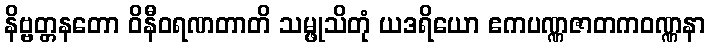
နိဗ္ဗတ္တနတော ဝိနီဝရဏတာတိ သမ္ဖုသိတုံ ယဒရိယော ဧကပဏ္ဏဇာတကဝဏ္ဏနာ